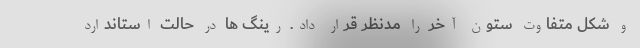
و شکل متفاوت ستون آخر را مدنظر قرار داد. رینگ ها در حالت استاندارد